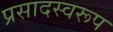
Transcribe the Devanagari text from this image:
प्रसादस्‍वरूप